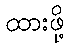
ထားဖို့